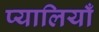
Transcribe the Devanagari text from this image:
प्यालियाँ